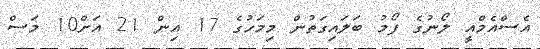
އެސްއެމްއީ ލޯނުގެ ފޯމު ބަލައިގަތުން މިމަހުގެ 17 އިން 21 އަށް10 މަސް